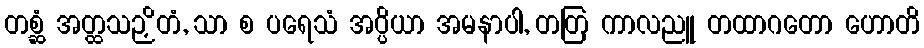
တစ္ဆံ အတ္ထသဉှိတံ, သာ စ ပရေသံ အပ္ပိယာ အမနာပါ, တတြ ကာလညူ တထာဂတော ဟောတိ